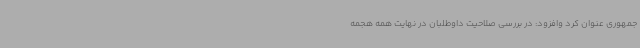
جمهوری عنوان کرد وافزود: در بررسی صلاحیت داوطلبان در نهایت همه هجمه